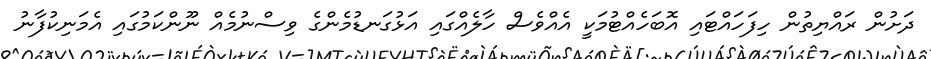
ދަށުން ރައްޔިތުން ހިފަހައްޓައި އޮބަހެއްޓުމަކީ އެއްވެސް ހާލެއްގައި އަޅުގަނޑުމެންގެ ވިސްނުމެއް ނޫންކަމުގައި އެމަނިކުފާނު